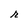
Character: r